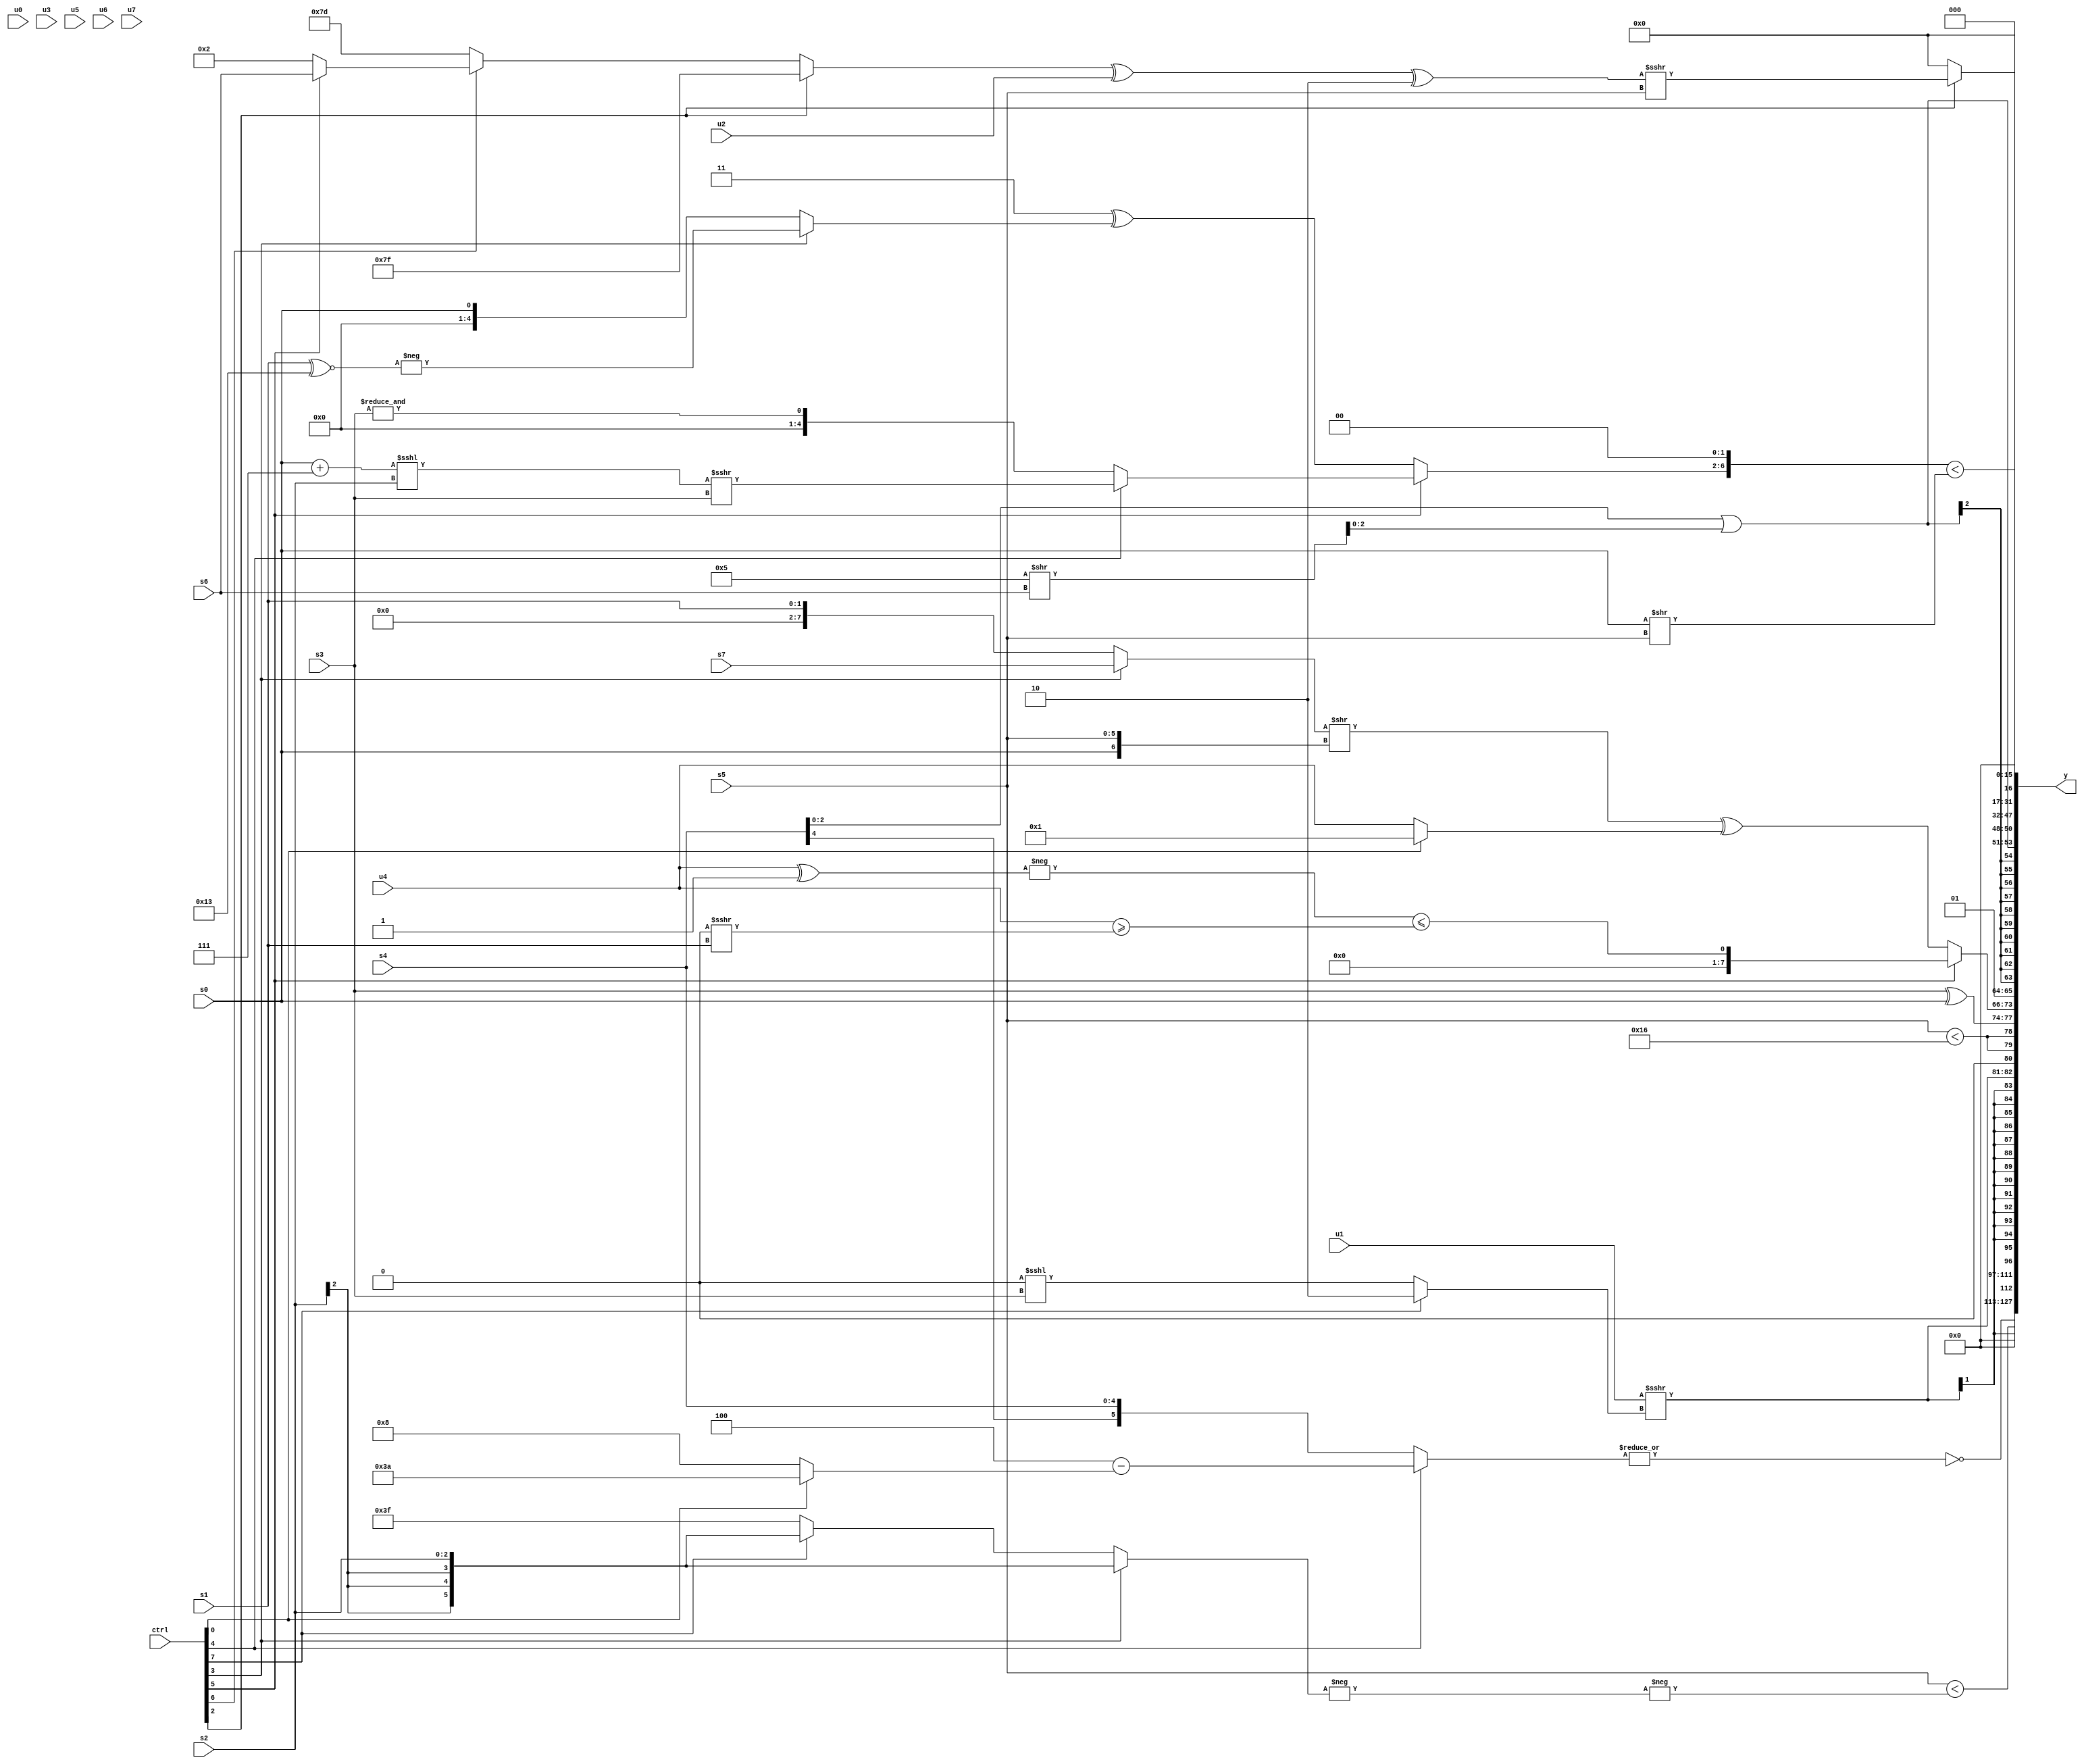
module wideexpr_00366(ctrl, u0, u1, u2, u3, u4, u5, u6, u7, s0, s1, s2, s3, s4, s5, s6, s7, y);
  input [7:0] ctrl;
  input [0:0] u0;
  input [1:0] u1;
  input [2:0] u2;
  input [3:0] u3;
  input [4:0] u4;
  input [5:0] u5;
  input [6:0] u6;
  input [7:0] u7;
  input signed [0:0] s0;
  input signed [1:0] s1;
  input signed [2:0] s2;
  input signed [3:0] s3;
  input signed [4:0] s4;
  input signed [5:0] s5;
  input signed [6:0] s6;
  input signed [7:0] s7;
  output [127:0] y;
  wire [15:0] y0;
  wire [15:0] y1;
  wire [15:0] y2;
  wire [15:0] y3;
  wire [15:0] y4;
  wire [15:0] y5;
  wire [15:0] y6;
  wire [15:0] y7;
  assign y = {y0,y1,y2,y3,y4,y5,y6,y7};
  assign y0 = {($signed($signed(~|((ctrl[4]?((2'sb00)|(3'sb100))-((ctrl[0]?6'sb111010:(2'sb00)|(6'sb001000))):+(s4))))))<<<(1'sb0)};
  assign y1 = (s5)<(-(-((ctrl[3]?+($signed(s2)):(ctrl[7]?(ctrl[4]?s2:s2):+(3'sb111))))));
  assign y2 = $signed({$signed((u1)>>>($signed((ctrl[7]?2'sb10:(1'sb0)<<<(s3))))),(1'b0)!=(^(&(2'sb10)))});
  assign y3 = {$unsigned({2{(s5)<((6'sb010110)&(5'sb11110))}}),(+({1{s3}}))^(s0),(ctrl[5]?(-((u4)^(1'b1)))<=((u4)>=((2'sb00)>>>(s1))):(((ctrl[3]?s7:s1))>>({s0,s5}))^($signed((ctrl[0]?1'sb1:u4)))),2'sb01};
  assign y4 = $signed($signed(((s4)|((6'sb000101)>>(s6)))<<($signed(3'b011))));
  assign y5 = (ctrl[2]?(($signed(({1{(ctrl[2]?6'sb111111:(ctrl[6]?(ctrl[5]?s6:4'sb0010):$signed(4'sb1101)))}})^({u2})))^($signed(3'sb110)))>>>(s5):3'sb000);
  assign y6 = ({(ctrl[5]?(ctrl[4]?(((s0)+(3'sb111))<<<(s2))>>>(s3):$signed(&(s3))):(5'sb00011)^((ctrl[3]?-((s1)^~(5'b10011)):s0))),2'b00})<((s0)>>($unsigned({s5})));
  assign y7 = 1'b0;
endmodule